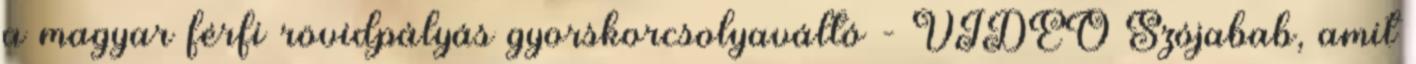
a magyar férfi rövidpályás gyorskorcsolyaváltó - VIDEÓ Szójabab, amit